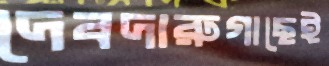
দেবদারুগাছেই